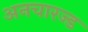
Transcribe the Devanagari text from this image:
अनचारज्ड